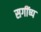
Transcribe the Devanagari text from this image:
सगींष्प